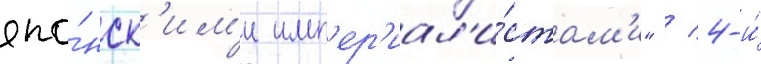
япо́нск'им'и имп'ер'иал'и́стам'и" / 4-и́